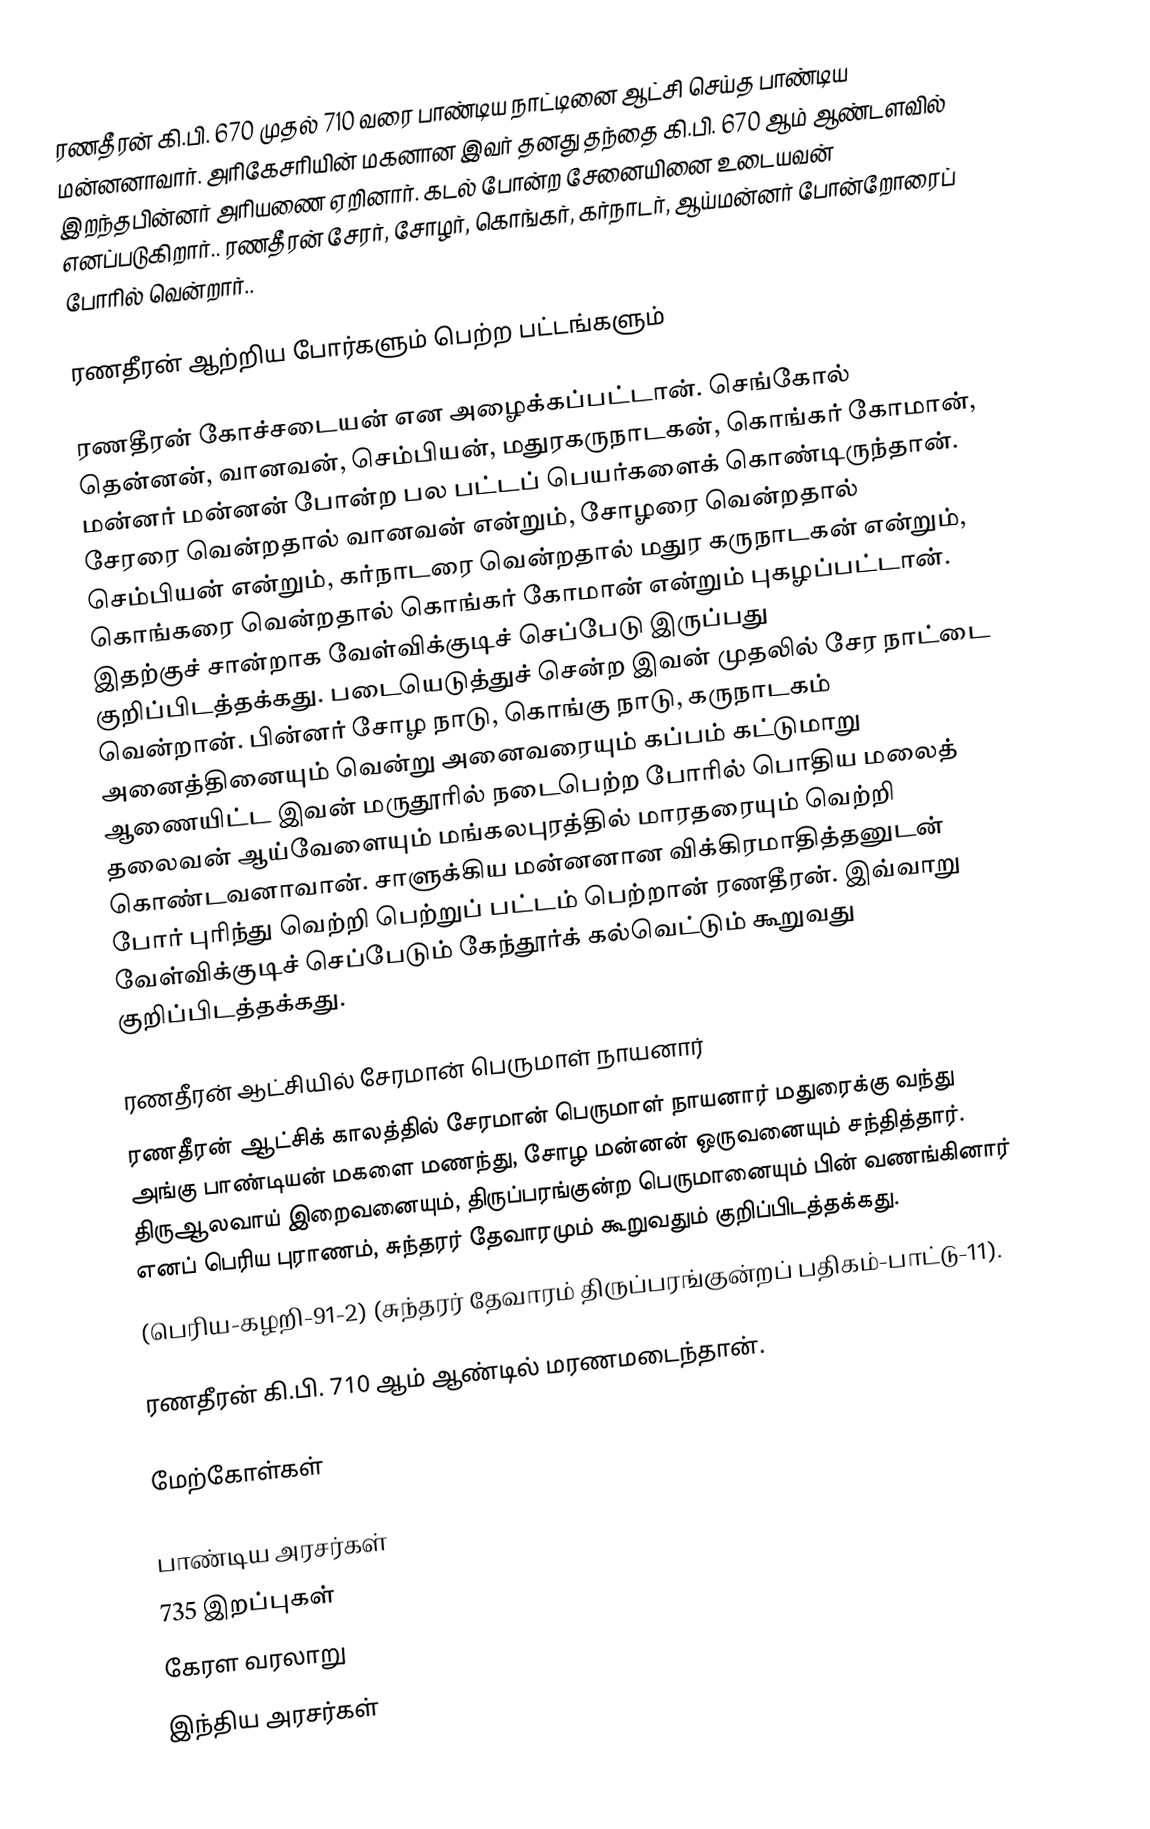
ரணதீரன் கி.பி. 670 முதல் 710 வரை பாண்டிய நாட்டினை ஆட்சி செய்த பாண்டிய மன்னனாவார். அரிகேசரியின் மகனான இவர் தனது தந்தை கி.பி. 670 ஆம் ஆண்டளவில் இறந்தபின்னர் அரியணை ஏறினார். கடல் போன்ற சேனையினை உடையவன் எனப்படுகிறார்.. ரணதீரன் சேரர், சோழர், கொங்கர், கர்நாடர், ஆய்மன்னர் போன்றோரைப் போரில் வென்றார்..

ரணதீரன் ஆற்றிய போர்களும் பெற்ற பட்டங்களும்

ரணதீரன் கோச்சடையன் என அழைக்கப்பட்டான். செங்கோல் தென்னன், வானவன், செம்பியன், மதுரகருநாடகன்,  கொங்கர் கோமான், மன்னர் மன்னன் போன்ற பல பட்டப் பெயர்களைக் கொண்டிருந்தான். சேரரை வென்றதால் வானவன் என்றும், சோழரை வென்றதால் செம்பியன் என்றும், கர்நாடரை வென்றதால் மதுர கருநாடகன் என்றும், கொங்கரை வென்றதால் கொங்கர் கோமான் என்றும் புகழப்பட்டான். இதற்குச் சான்றாக வேள்விக்குடிச் செப்பேடு இருப்பது குறிப்பிடத்தக்கது. படையெடுத்துச் சென்ற இவன் முதலில் சேர நாட்டை வென்றான். பின்னர் சோழ நாடு, கொங்கு நாடு, கருநாடகம் அனைத்தினையும் வென்று அனைவரையும் கப்பம் கட்டுமாறு ஆணையிட்ட இவன் மருதூரில் நடைபெற்ற போரில் பொதிய மலைத் தலைவன் ஆய்வேளையும் மங்கலபுரத்தில் மாரதரையும் வெற்றி கொண்டவனாவான். சாளுக்கிய மன்னனான விக்கிரமாதித்தனுடன் போர் புரிந்து வெற்றி பெற்றுப் பட்டம் பெற்றான் ரணதீரன். இவ்வாறு வேள்விக்குடிச் செப்பேடும் கேந்தூர்க் கல்வெட்டும் கூறுவது குறிப்பிடத்தக்கது.

ரணதீரன் ஆட்சியில் சேரமான் பெருமாள் நாயனார்
ரணதீரன் ஆட்சிக் காலத்தில் சேரமான் பெருமாள் நாயனார் மதுரைக்கு வந்து அங்கு பாண்டியன் மகளை மணந்து, சோழ மன்னன் ஒருவனையும் சந்தித்தார். திருஆலவாய் இறைவனையும், திருப்பரங்குன்ற பெருமானையும் பின் வணங்கினார் எனப் பெரிய புராணம், சுந்தரர் தேவாரமும் கூறுவதும் குறிப்பிடத்தக்கது.
(பெரிய-கழறி-91-2) (சுந்தரர் தேவாரம் திருப்பரங்குன்றப் பதிகம்-பாட்டு-11).

ரணதீரன் கி.பி. 710 ஆம் ஆண்டில் மரணமடைந்தான்.

மேற்கோள்கள்

பாண்டிய அரசர்கள்
735 இறப்புகள்
கேரள வரலாறு
இந்திய அரசர்கள்